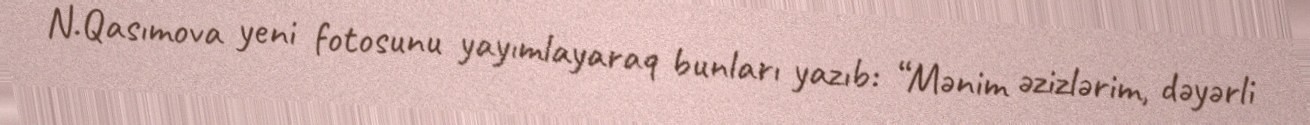
N.Qasımova yeni fotosunu yayımlayaraq bunları yazıb: “Mənim əzizlərim, dəyərli